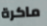
ماكرة